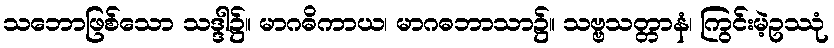
သဘောဖြစ်သော သဒ္ဒါ၌။ မာဂဓိကာယ၊ မာဂဓဘာသာ၌။ သဗ္ဗသတ္တာနံ၊ ကြွင်းမဲ့ဥဿုံ